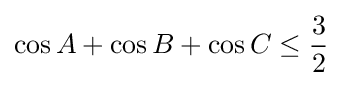
\cos A+\cos B+\cos C\leq {\frac {3}{2}}